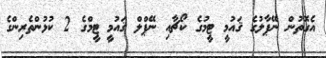
އެގޮތުން ނޭޕާލުގެ ޤައުމީ ޓީމުގެ ކޯޗާއި ނޭޕްލް ޤައުމީ ޓީމްގެ 2 ކުޅުންތެރިންގެ